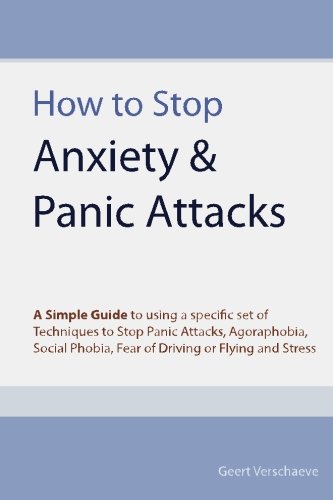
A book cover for How to Stop Anxiety & Panic Attacks: A Simple Guide to using a specific set of Techniques to Stop Panic Attacks, Agoraphobia, Social Phobia, Fear of Driving or Flying and Stress; Geert Verschaeve; Self-Help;